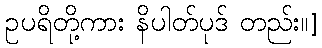
ဥပရိတို့ကား နိပါတ်ပုဒ် တည်း။]